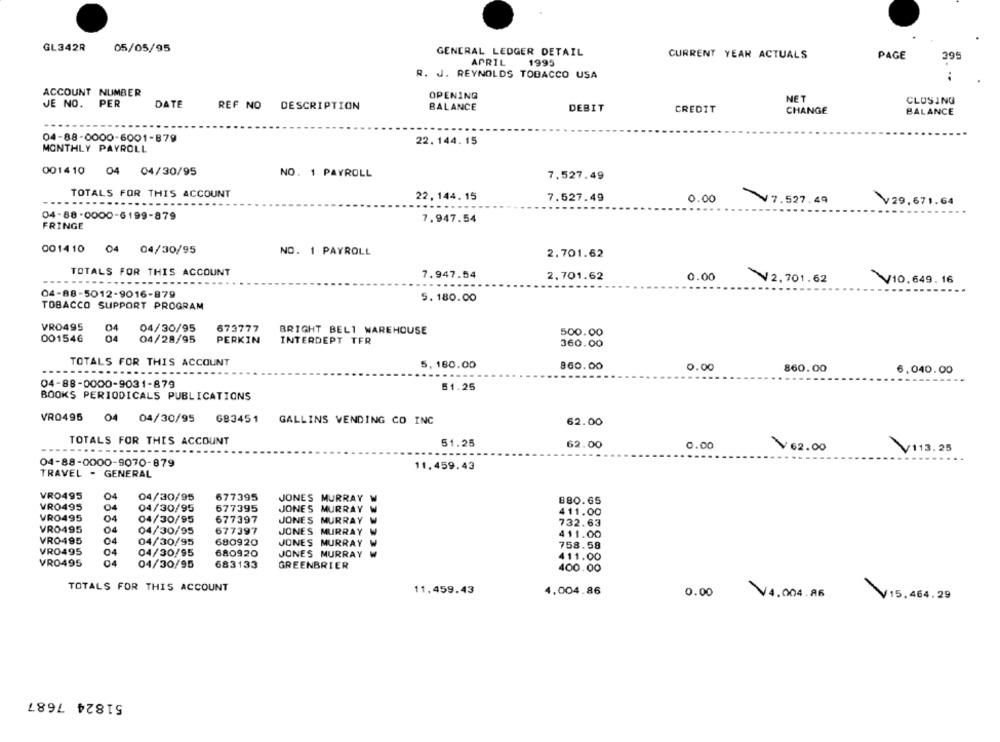
GL342R
05/05/95
GENERAL LEDGER DETAIL
CURRENT YEAR ACTUALS
PAGE
395
APRIL
1995
R. J. REYNOLDS TOBACCO USA
ACCOUNT NUMBER
OPENING
NET
JE NO.
PER
DATE
CLOSING
REF NO DESCRIPTION
BALANCE
DEBIT
CREDIT
CHANGE
BALANCE
04-88-0000-6001-879
22.144.15
MONTHLY PAYROLL
001410 04 04/30/95
NO. 1 PAYROLL
7.527.49
TOTALS FOR THIS ACCOUNT
22,144.15
7.527.49
0.00
7.527.49
V29.671.64
04-88-0000-6199-879
7.947.54
FRINGE
001410 04 04/30/95
NO. 1 PAYROLL
2.701.62
TOTALS FOR THIS ACCOUNT
7.947.54
...
2.701.62
0.00
V2, 701.62
V10.649. 16
04-88-5012-9016-879
5.180.00
TOBACCO SUPPORT PROGRAM
VR0495
04/30/95
04
673777
BRIGHT BELI WAREHOUSE
500.00
001546
04
04/28/95
PERKIN
INTERDEPT TFR
360.00
TOTALS FOR THIS ACCOUNT
5, 180.00
...
960.00
0.00
860.00
6,040.00
04-88-0000-9031-879
51.25
BOOKS PERIODICALS PUBLICATIONS
VR0495 04 04/30/95 683451
GALLINS VENDING CO INC
62.00
TOTALS FOR THIS ACCOUNT
51.25
62.00
0.00
¥ 62.00
V113. 25
04-88-0000-9070-879
11.459.43
TRAVEL - GENERAL
VRO495
04
04/30/95
677395
JONES MURRAY W
880.65
VR0495
04
04/30/95
677395
JONES MURRAY W
411.00
VR0495
04
04/30/95
677397
JONES MURRAY
732.63
VRO495
04
04/30/95
677397
JONES MURRAY W
411.00
VR0495
04
04/30/95
680920
JONES MURRAY
758.58
VR0495
04
04/30/95
680920
JONES MURRAY
411.00
VR0495
04
04/30/95
683133
GREENBRIER
400.00
TOTALS FOR THIS ACCOUNT
11,459.43
4.004.86
0.00
V4.004 .86
V15, 464.29
51824 7687